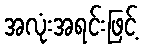
အလုံးအရင်းဖြင့်